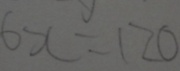
6 x = 1 2 0